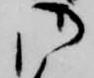
御